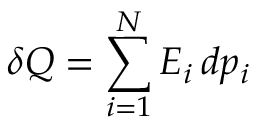
\delta Q = \sum _ { i = 1 } ^ { N } E _ { i } \, d p _ { i }